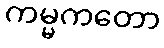
ကမ္မကတော